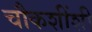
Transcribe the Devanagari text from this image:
चौकशींशी